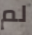
لم